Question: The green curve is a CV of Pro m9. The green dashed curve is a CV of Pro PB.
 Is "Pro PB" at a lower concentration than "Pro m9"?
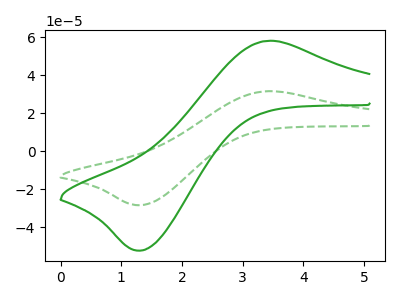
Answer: <think>The green curve "Pro m9" has an anodic peak at (3.40V, 57.90uA) and a cathodic peak at (1.35V, -52.30uA). The green dashed curve "Pro PB" has an anodic peak at (3.40V, 31.45uA) and a cathodic peak at (1.35V, -28.40uA).
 All the peaks in "Pro m9" have a peak in "Pro PB" at the same potential. Every peak in "Pro m9" is higher than every peak in "Pro PB".</think>
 <answer>"Pro m9" has more signal than "Pro PB" and so likely has a higher concentration.</answer>
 <eval>more_concentration</eval>